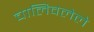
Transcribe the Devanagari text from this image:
चालिवलेले